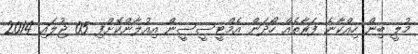
މުލީ ބިން ހިއްކާނެ ފަރާތެއް ހޯދަން އެމްޓީސީސީން އިއުލާންކޮށްފި 05 ޖުލައި 2014